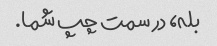
بله، در سمت چپ شما.